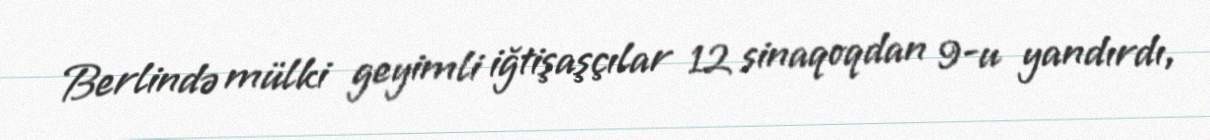
Berlində mülki geyimli iğtişaşçılar 12 sinaqoqdan 9-u yandırdı,